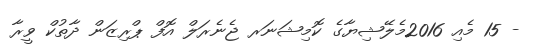
- 15 މެއި 2016މެލޭޝިޔާގެ ކޮމިޝަނަރ ޖެނެރަލް އޮފް ޕްރިޒަން ދާތުކް ވީރާ